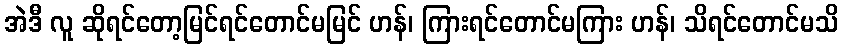
အဲဒီ လူ ဆိုရင်တော့မြင်ရင်တောင်မမြင် ဟန်၊ ကြားရင်တောင်မကြား ဟန်၊ သိရင်တောင်မသိ